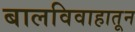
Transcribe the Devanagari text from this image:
बालविवाहातून